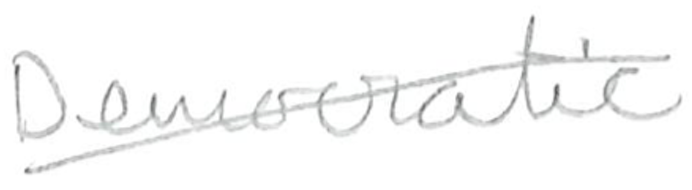
Text: Democratic
Cross-out: diagonal
Writing tool: pencil